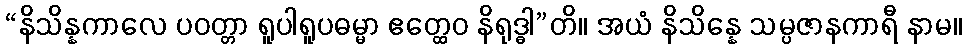
“နိသိန္နကာလေ ပဝတ္တာ ရူပါရူပဓမ္မာ ဧတ္ထေဝ နိရုဒ္ဓါ”တိ။ အယံ နိသိန္နေ သမ္ပဇာနကာရီ နာမ။